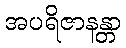
အပရိဇာနန္တာ